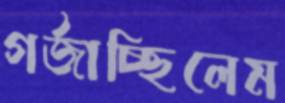
গর্জাচ্ছিলেম